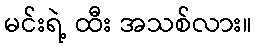
မင်းရဲ့ ထီး အသစ်လား။